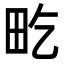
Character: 𤰢